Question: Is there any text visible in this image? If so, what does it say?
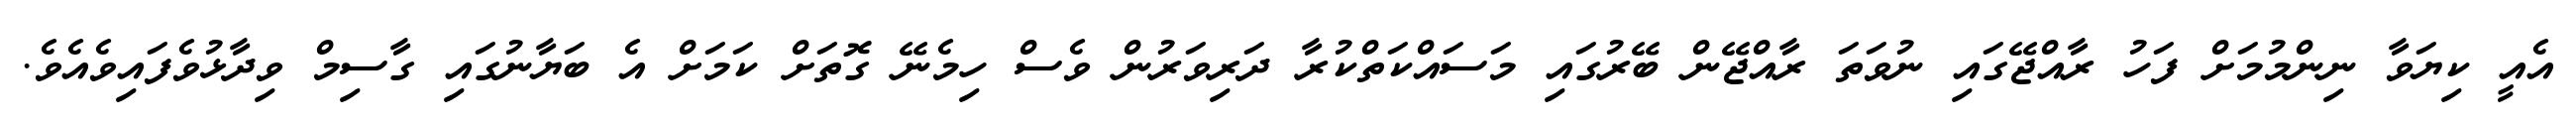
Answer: އެއީ ކިޔަވާ ނިންމުމަށް ފަހު ރާއްޖޭގައި ނުވަތަ ރާއްޖޭން ބޭރުގައި މަސައްކަތްކުރާ ދަރިވަރުން ވެސް ހިމެނޭ ގޮތަށް ކަމަށް އެ ބަޔާނުގައި ގާސިމް ވިދާޅުވެފައިވެއެވެ.